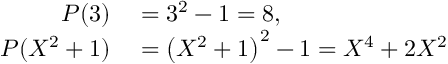
\begin{array} { r l } { P ( 3 ) } & { { } = 3 ^ { 2 } - 1 = 8 , } \\ { P ( X ^ { 2 } + 1 ) } & { { } = \left( X ^ { 2 } + 1 \right) ^ { 2 } - 1 = X ^ { 4 } + 2 X ^ { 2 } } \end{array}